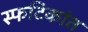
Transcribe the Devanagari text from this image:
स्फटिकांत